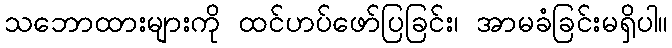
သဘောထားများကို ထင်ဟပ်ဖော်ပြခြင်း၊ အာမခံခြင်းမရှိပါ။